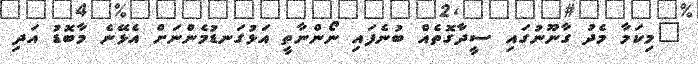
"މިކަމާ މެދު ގާނޫނުގައި ސީދާގޮތެއް ބުނެފައި ނޯންނާތީ އަޅުގަނޑުމެންނަށް އެޅޭނެ މާބޮޑު އަދި